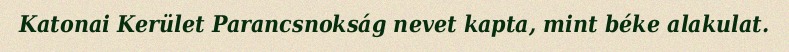
Katonai Kerület Parancsnokság nevet kapta, mint béke alakulat.